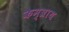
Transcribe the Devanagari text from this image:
कैम्ब्राय